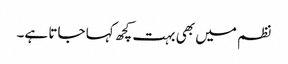
نظم میں بھی بہت کچھ کہا جاتا ہے۔